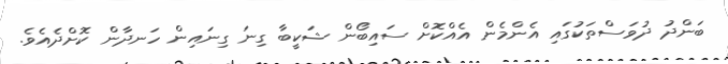
ބަންދު ދުވަސްތަކުގައި އެންމެން އެއްކޮށް ސައިބޯން ޝަކީބާ ގިނަ ގިނައިން ހަނދާން ކޮށްދެއެވެ.